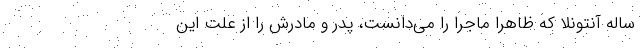
ساله آنتونلا که ظاهرا ماجرا را می‌دانست، پدر و مادرش را از علت این